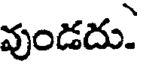
వుండదు.